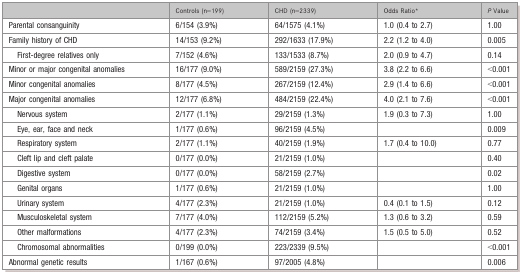
|  | Controls (n=199) | CHD (n=2339) | Odds Ratio* | P Value |
 | --- | --- | --- | --- | --- |
 | Parental consanguinity | 6/154 (3.9%) | 64/1575 (4.1%) | 1.0 (0.4 to 2.7) | 1.00 |
 | Family history of CHD | 14/153 (9.2%) | 292/1633 (17.9%) | 2.2 (1.2 to 4.0) | 0.005 |
 | First‐degree relatives only | 7/152 (4.6%) | 133/1533 (8.7%) | 2.0 (0.9 to 4.7) | 0.14 |
 | Minor or major congenital anomalies | 16/177 (9.0%) | 589/2159 (27.3%) | 3.8 (2.2 to 6.6) | <0.001 |
 | Minor congenital anomalies | 8/177 (4.5%) | 267/2159 (12.4%) | 2.9 (1.4 to 6.6) | <0.001 |
 | Major congenital anomalies | 12/177 (6.8%) | 484/2159 (22.4%) | 4.0 (2.1 to 7.6) | <0.001 |
 | Nervous system | 2/177 (1.1%) | 29/2159 (1.3%) | 1.9 (0.3 to 7.3) | 1.00 |
 | Eye, ear, face and neck | 1/177 (0.6%) | 96/2159 (4.5%) |  | 0.009 |
 | Respiratory system | 2/177 (1.1%) | 40/2159 (1.9%) | 1.7 (0.4 to 10.0) | 0.77 |
 | Cleft lip and cleft palate | 0/177 (0.0%) | 21/2159 (1.0%) |  | 0.40 |
 | Digestive system | 0/177 (0.0%) | 58/2159 (2.7%) |  | 0.02 |
 | Genital organs | 1/177 (0.6%) | 21/2159 (1.0%) |  | 1.00 |
 | Urinary system | 4/177 (2.3%) | 21/2159 (1.0%) | 0.4 (0.1 to 1.5) | 0.12 |
 | Musculoskeletal system | 7/177 (4.0%) | 112/2159 (5.2%) | 1.3 (0.6 to 3.2) | 0.59 |
 | Other malformations | 4/177 (2.3%) | 74/2159 (3.4%) | 1.5 (0.5 to 5.0) | 0.52 |
 | Chromosomal abnormalities | 0/199 (0.0%) | 223/2339 (9.5%) |  | <0.001 |
 | Abnormal genetic results | 1/167 (0.6%) | 97/2005 (4.8%) |  | 0.006 |